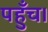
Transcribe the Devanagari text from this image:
पहुँच।